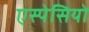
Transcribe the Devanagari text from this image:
एस्पेसियो